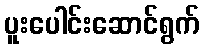
ပူးပေါင်းဆောင်ရွက်